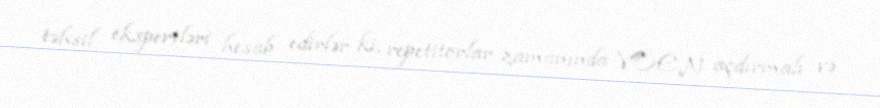
təhsil ekspertləri hesab edirlər ki, repetitorlar zamanında VÖEN açdırmalı və